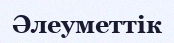
Әлеуметтік